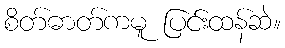
စိတ်ဓာတ်ကမူ ပြင်းထန်ဆဲ။